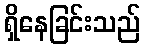
ရှိနေခြင်းသည်